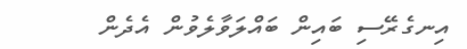
އިނގެރޭސި ބައިން ބައްލަވާލެވުން އެދެން